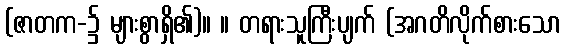
(ဇာတက-၌ များစွာရှိ၏)။ ။ တရားသူကြီးပျက် (အဂတိလိုက်စားသော